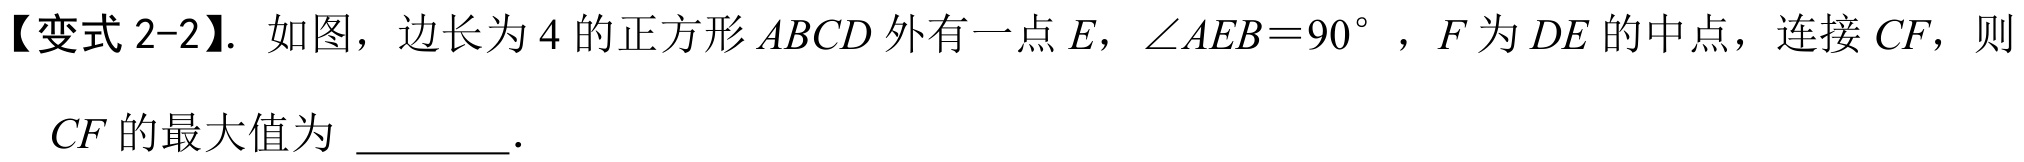
【变式 2-2】. 如图，边长为 \(4\) 的正方形 \(ABCD\) 外有一点 \(E\)，\(\angle AEB = 90^{\circ}\)，\(F\) 为 \(DE\) 的中点，连接 \(CF\)，则

\(CF\) 的最大值为 \_\_\_\_\_ .